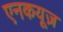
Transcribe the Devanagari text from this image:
एनकयूज़